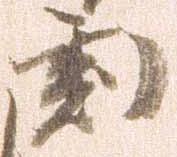
刻